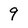
Character: 9